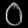
Digit: ၀